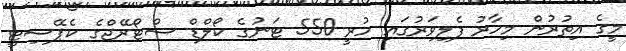
މީގެ އިތުރުން މިހާރު ފެލިވަރުގައި ހުރީ 550 ޓަނުގެ ކޯލްޑް ސްޓޯރޭޖްގެ ކެޕޭސިޓީ